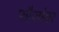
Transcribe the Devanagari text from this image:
फौजांवर